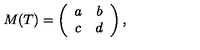
M ( T ) = \left( \begin{array} { c c } { a } & { b } \\ { c } & { d } \\ \end{array} \right) ,